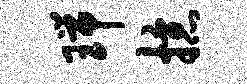
瑞掠